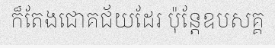
ក៏តែងជោគជ័យដែរ ប៉ុន្តែឧបសគ្គ